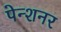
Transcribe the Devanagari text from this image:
पेन्शनर